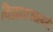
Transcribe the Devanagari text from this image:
विद्यावाच्य्स्पती